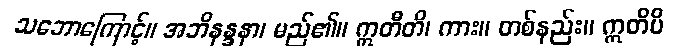
သဘောကြောင့်။ အဘိနန္ဒနာ၊ မည်၏။ ဣတီတိ၊ ကား။ တစ်နည်း။ ဣတိပိ